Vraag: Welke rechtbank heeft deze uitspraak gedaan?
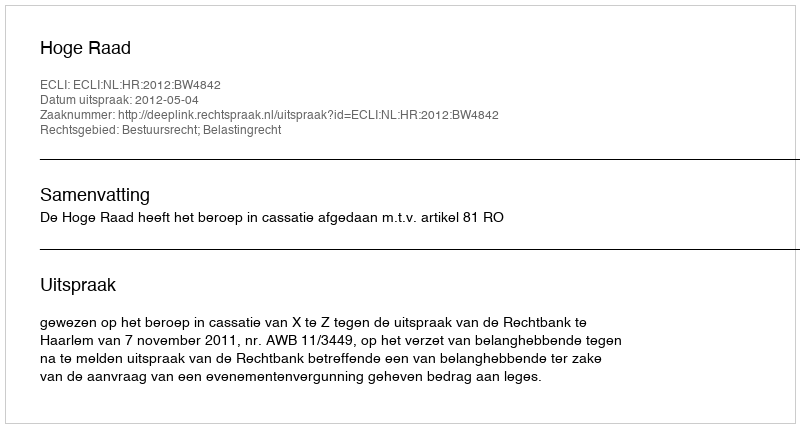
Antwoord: Hoge Raad